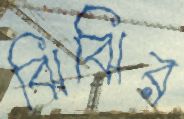
ঝিঝির